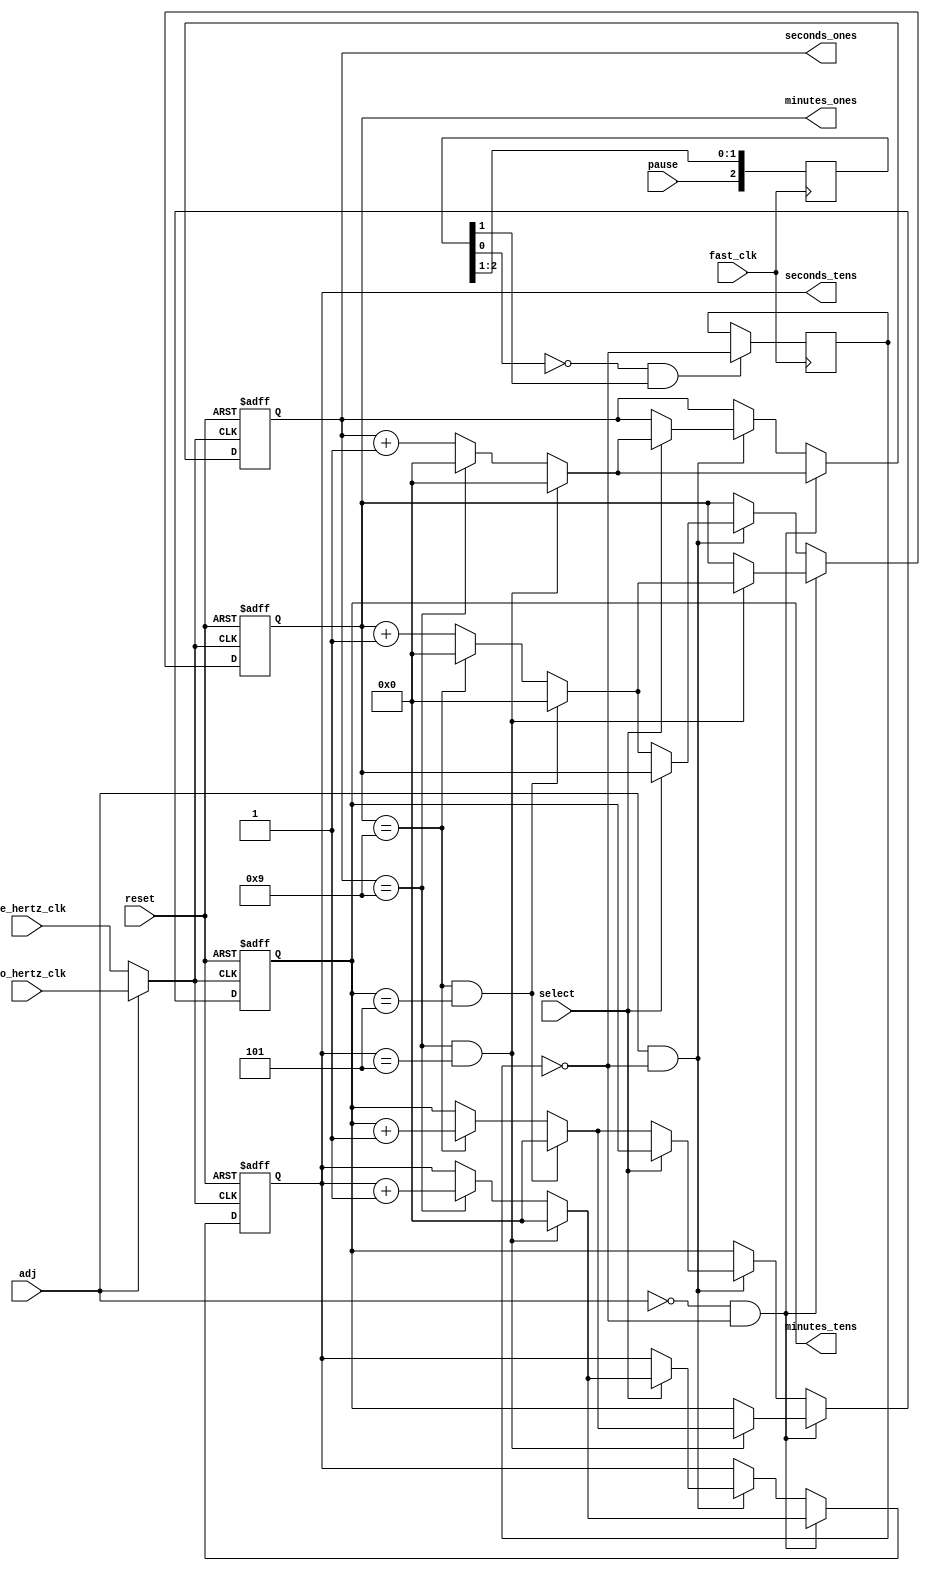
module counter(one_hertz_clk, two_hertz_clk, fast_clk, pause, reset, adj,
			select, minutes_tens, minutes_ones, seconds_tens, seconds_ones);
	
	input one_hertz_clk;
	input two_hertz_clk;
	input fast_clk;
	input pause;
	input reset;
	input adj;
	input select;
	
	output reg [3:0] minutes_tens;
	output reg [3:0] minutes_ones;
	output reg [3:0] seconds_tens;
	output reg [3:0] seconds_ones;
	
	// WRITTEN BY CODE_BEAST21
	// PAUSE SIGNAL OVERRIDES EVERYTHING

	wire temp_clk = (adj) ? two_hertz_clk : one_hertz_clk;
	
	reg pause_status;
	reg [2:0] step_d;
	reg	clk_delay;
	wire is_pause_posedge;
	
	initial begin
		pause_status = 0;
	end
	
	assign is_pause_posedge = ~step_d[0] & step_d[1];
	
	always @(fast_clk) begin
		clk_delay <= fast_clk;
	end
	always @(posedge fast_clk) begin
		step_d[2:0] <= {pause, step_d[2:1]};
	end

	always @ (posedge clk_delay) begin
		if(is_pause_posedge) begin
			pause_status <= ! pause_status;
		end
		//pause_status <= is_pause_posedge;
	end

	always @(posedge temp_clk or posedge reset) begin
		if(reset) begin
			// reset all outputs
			minutes_ones = 0;
			minutes_tens = 0;
			seconds_ones = 0;
			seconds_tens = 0;
		end
		else if(! adj && ! pause_status) begin
			// increment regularly
			if (seconds_ones == 9 && seconds_tens == 5) begin
					// reset seconds to 0 and increment minutes
					seconds_ones = 0;
					seconds_tens = 0;
					
					// increment minutes
					if (minutes_ones == 9 && minutes_tens == 5) begin
						// reset to 0, this is where hours would be incremented if we had an hours display
						minutes_ones = 0;
						minutes_tens = 0;
					end
					else if (minutes_ones == 9) begin 
						// increment 10s value of minutes
						minutes_ones = 0;
						minutes_tens = minutes_tens + 1;
					end
					else begin
						minutes_ones = minutes_ones + 1;
					end
				end
				else if (seconds_ones == 9) begin
					// rest seconds ones to 0 and increment seconds 10s
					seconds_ones = 0;
					seconds_tens = seconds_tens + 1;
				end
				else begin
					// just increment seconds ones
					seconds_ones = seconds_ones + 1;
				end		
			end
		
		else if(adj && ! pause_status) begin
			// increment only based on select signal
			if(select) begin
				// increment seconds
				if (seconds_ones == 9 && seconds_tens == 5) begin
						// reset to 0, this is where hours would be incremented if we had an hours display
						seconds_ones = 0;
						seconds_tens = 0;
					end
					else if (seconds_ones == 9) begin 
						// increment 10s value of minutes
						seconds_ones = 0;
						seconds_tens = seconds_tens + 1;
					end
					else begin
						seconds_ones = seconds_ones + 1;
					end
			end
			else begin
				// increment minutes
				if (minutes_ones == 9 && minutes_tens == 5) begin
						// reset to 0, this is where hours would be incremented if we had an hours display
						minutes_ones = 0;
						minutes_tens = 0;
					end
					else if (minutes_ones == 9) begin 
						// increment 10s value of minutes
						minutes_ones = 0;
						minutes_tens = minutes_tens + 1;
					end
					else begin
						minutes_ones = minutes_ones + 1;
					end
			end
		end
		/*else begin
			// PAUSE mode
		end*/
	end
	
/*	always @(posedge one_hertz_clk) begin
		if(reset) begin
			// reset all outputs
			minutes_ones = 0;
			minutes_tens = 0;
			seconds_ones = 0;
			seconds_tens = 0;
		end
		else begin
			if (! pause && ! adj) begin
				if (seconds_ones == 9 && seconds_tens == 5) begin
					// reset seconds to 0 and increment minutes
					seconds_ones = 0;
					seconds_tens = 0;
					
					// increment minutes
					if (minutes_ones == 9 && minutes_tens == 5) begin
						// reset to 0, this is where hours would be incremented if we had an hours display
						minutes_ones = 0;
						minutes_tens = 0;
					end
					else if (minutes_ones == 9) begin 
						// increment 10s value of minutes
						minutes_ones = 0;
						minutes_tens = minutes_tens + 1;
					end
					else begin
						minutes_ones = minutes_ones + 1;
					end
				end
				else if (seconds_ones == 9) begin
					// rest seconds ones to 0 and increment seconds 10s
					seconds_ones = 0;
					seconds_tens = seconds_tens + 1;
				end
				else begin
					// just increment seconds ones
					seconds_ones = seconds_ones + 1;
				end
			end
		end
	end
	
	
	
	always @(posedge two_hertz_clk) begin
		if(adj && ! pause) begin
			// if its not in pause mode, then only adjust
			// clock is in adjustment mode so either change minutes or seconds
			if(select) begin
				// increment seconds
				if (seconds_ones == 9 && seconds_tens == 5) begin
						// reset to 0, this is where hours would be incremented if we had an hours display
						seconds_ones = 0;
						seconds_tens = 0;
					end
					else if (seconds_ones == 9) begin 
						// increment 10s value of minutes
						seconds_ones = 0;
						seconds_tens = seconds_tens + 1;
					end
					else begin
						seconds_ones = seconds_ones + 1;
					end
			end
			else begin
				// increment minutes
				if (minutes_ones == 9 && minutes_tens == 5) begin
						// reset to 0, this is where hours would be incremented if we had an hours display
						minutes_ones = 0;
						minutes_tens = 0;
					end
					else if (minutes_ones == 9) begin 
						// increment 10s value of minutes
						minutes_ones = 0;
						minutes_tens = minutes_tens + 1;
					end
					else begin
						minutes_ones = minutes_ones + 1;
					end
			end
		end
	end
*/
endmodule